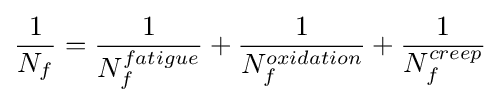
{\frac {1}{N_{f}}}={\frac {1}{N_{f}^{fatigue}}}+{\frac {1}{N_{f}^{oxidation}}}+{\frac {1}{N_{f}^{creep}}}